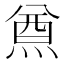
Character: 𤋃